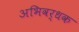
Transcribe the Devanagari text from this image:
अभिवर्धक